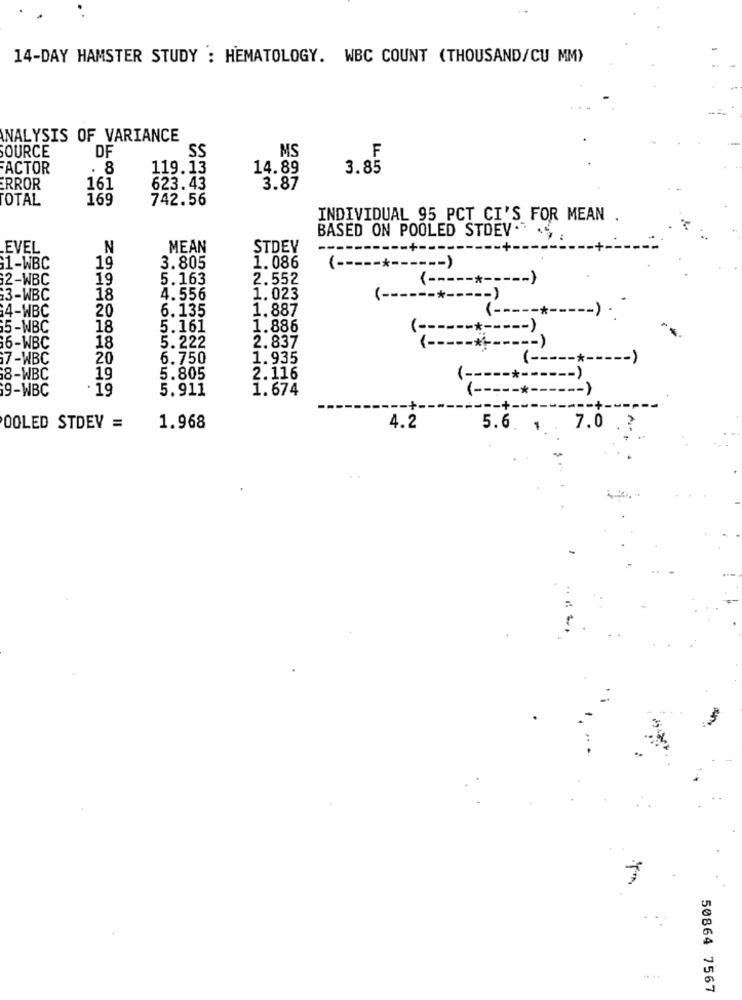
14-DAY HAMSTER STUDY : HEMATOLOGY. WBC COUNT (THOUSAND/CU MM)
ANALYSIS OF VARIANCE
SOURCE
DF
SS
MS
F
FACTOR
. 8
119.13
14.89
3.85
ERROR
161
623.43
3.87
TOTAL
169
742.56
INDIVIDUAL 95 PCT CI'S FOR MEAN .
BASED ON POOLED STDEV. ..
EVEL
N
MEAN
STDEV
1-WBC
19
3.805
1.086
( -----*------ )
2-WBC
19
5.163
2.552
<-----*---
13-WBC
18
4.556
1.023
( ------*-
-- )
4-WBC
20
6. 135
1.887
-*----- ) ..
5-WBC
18
5.161
1.886
( ------*----- )
18
16-WBC
5.222
2.837
:- )
7-WBC
20
6.750
1.935
( -----*--
18-WBC
19
5.805
2.116
( -----*------ )
9-WBC
. 19
5.911
1.674
( -----*------ )
-+-
---- +-
OOLED STDEY =
1.968
4.2
5.6. , 7.0
50864 7567